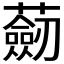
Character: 𧂆